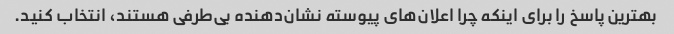
بهترین پاسخ را برای اینکه چرا اعلان‌های پیوسته نشان‌دهنده بی‌طرفی هستند، انتخاب کنید.